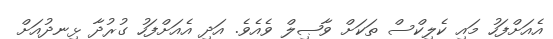
އެއަށްފަހު މައި ކެލިކްސް ތަކަށް ވާޞިލް ވެއެވެ. އަދި އެއަށްފަހު ގުރުދާ ޅިނދުއަށް